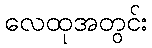
လေထုအတွင်း